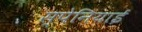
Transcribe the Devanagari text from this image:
स्‍पेनियाई